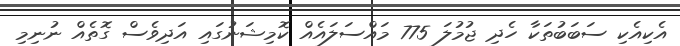
އެކިއެކި ސަބަބުތަކާ ހެދި ޖުމުލަ 775 މައްސަލައެއް ކޮމިޝަނުގައި އަދިވެސް ގޮތެއް ނުނިމި